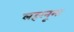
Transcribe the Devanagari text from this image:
लहरनूमा